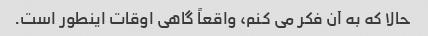
حالا که به آن فکر می کنم، واقعاً گاهی اوقات اینطور است.